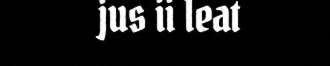
jus ii leat